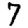
Digit: 4